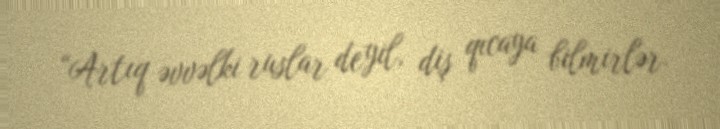
“Artıq əvvəlki ruslar deyil, diş qıcaya bilmirlər.